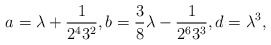
\begin{gather*}a = \lambda + \frac{1}{2^43^2},b = \frac{3}{8} \lambda - \frac{1}{2^63^3},d = \lambda^3,\end{gather*}